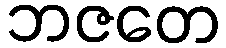
ဘဇတေ